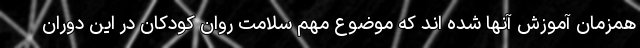
همزمان آموزش آنها شده اند که موضوع مهم سلامت روان کودکان در این دوران